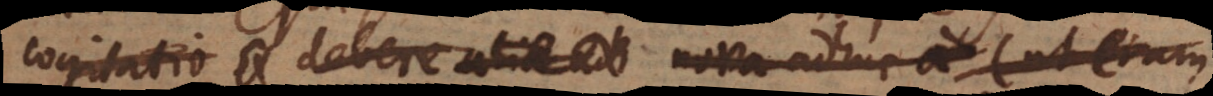
cogitatio debere alia ad nova adhuc a (ut enim